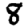
Digit: 8